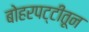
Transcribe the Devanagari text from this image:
बोहरपट्टीतून